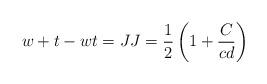
LaTeX: \begin{align*}w+t-wt=JJ=\dfrac{1}{2}\left( 1+\dfrac{C}{cd}\right) \end{align*}